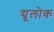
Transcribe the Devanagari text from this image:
द्यूलोक